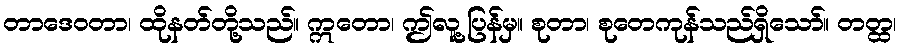
တာဒေဝတာ၊ ထိုနတ်တို့သည်။ ဣတော၊ ဤလူ့ပြန်မှ။ စုတာ၊ စုတေကုန်သည်ရှိသော်။ တတ္ထ၊